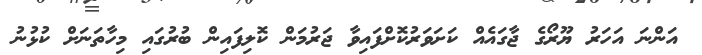
އަންނަ އަހަރު ޔޫރޯގެ ޖާގައެއް ކަށަވަރުކޮށްފައިވާ ޖަރުމަން ކޮލިފައިން ބުރުގައި މިހާތަނަށް ކުޅުނު